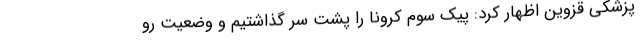
پزشکی قزوین اظهار کرد: پیک سوم کرونا را پشت سر گذاشتیم و وضعیت رو